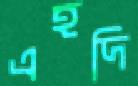
এহদি